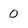
Character: 0